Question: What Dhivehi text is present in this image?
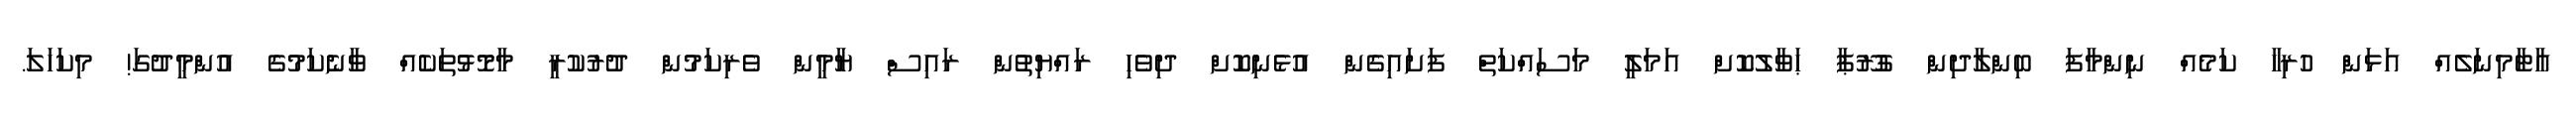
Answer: އާޓާމިނަލެއް އަޅަން ހުރިހާ ކަމެއް ނިންމާފަ ބިންލާދިން ގުރޫޕާ ޙަވާލުކޮށް އަމަލީ މަސައްކަތް ފަށައިގެން އުޅެނިކޮށް ދިވެހި ރައްޔިތުން ރައިސް ޔާމީން ވެރިކަމުން ދުރުކުރީ މާމޮޅުތަކެއް ވާނެކަމުގެ އުންމީދުގަ! މިކަހަލަ.